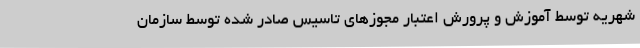
شهریه توسط آموزش و پرورش اعتبار مجوزهای تاسیس صادر شده توسط سازمان